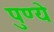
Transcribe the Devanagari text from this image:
पुण्ये